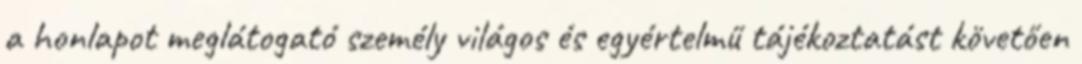
a honlapot meglátogató személy világos és egyértelmű tájékoztatást követően